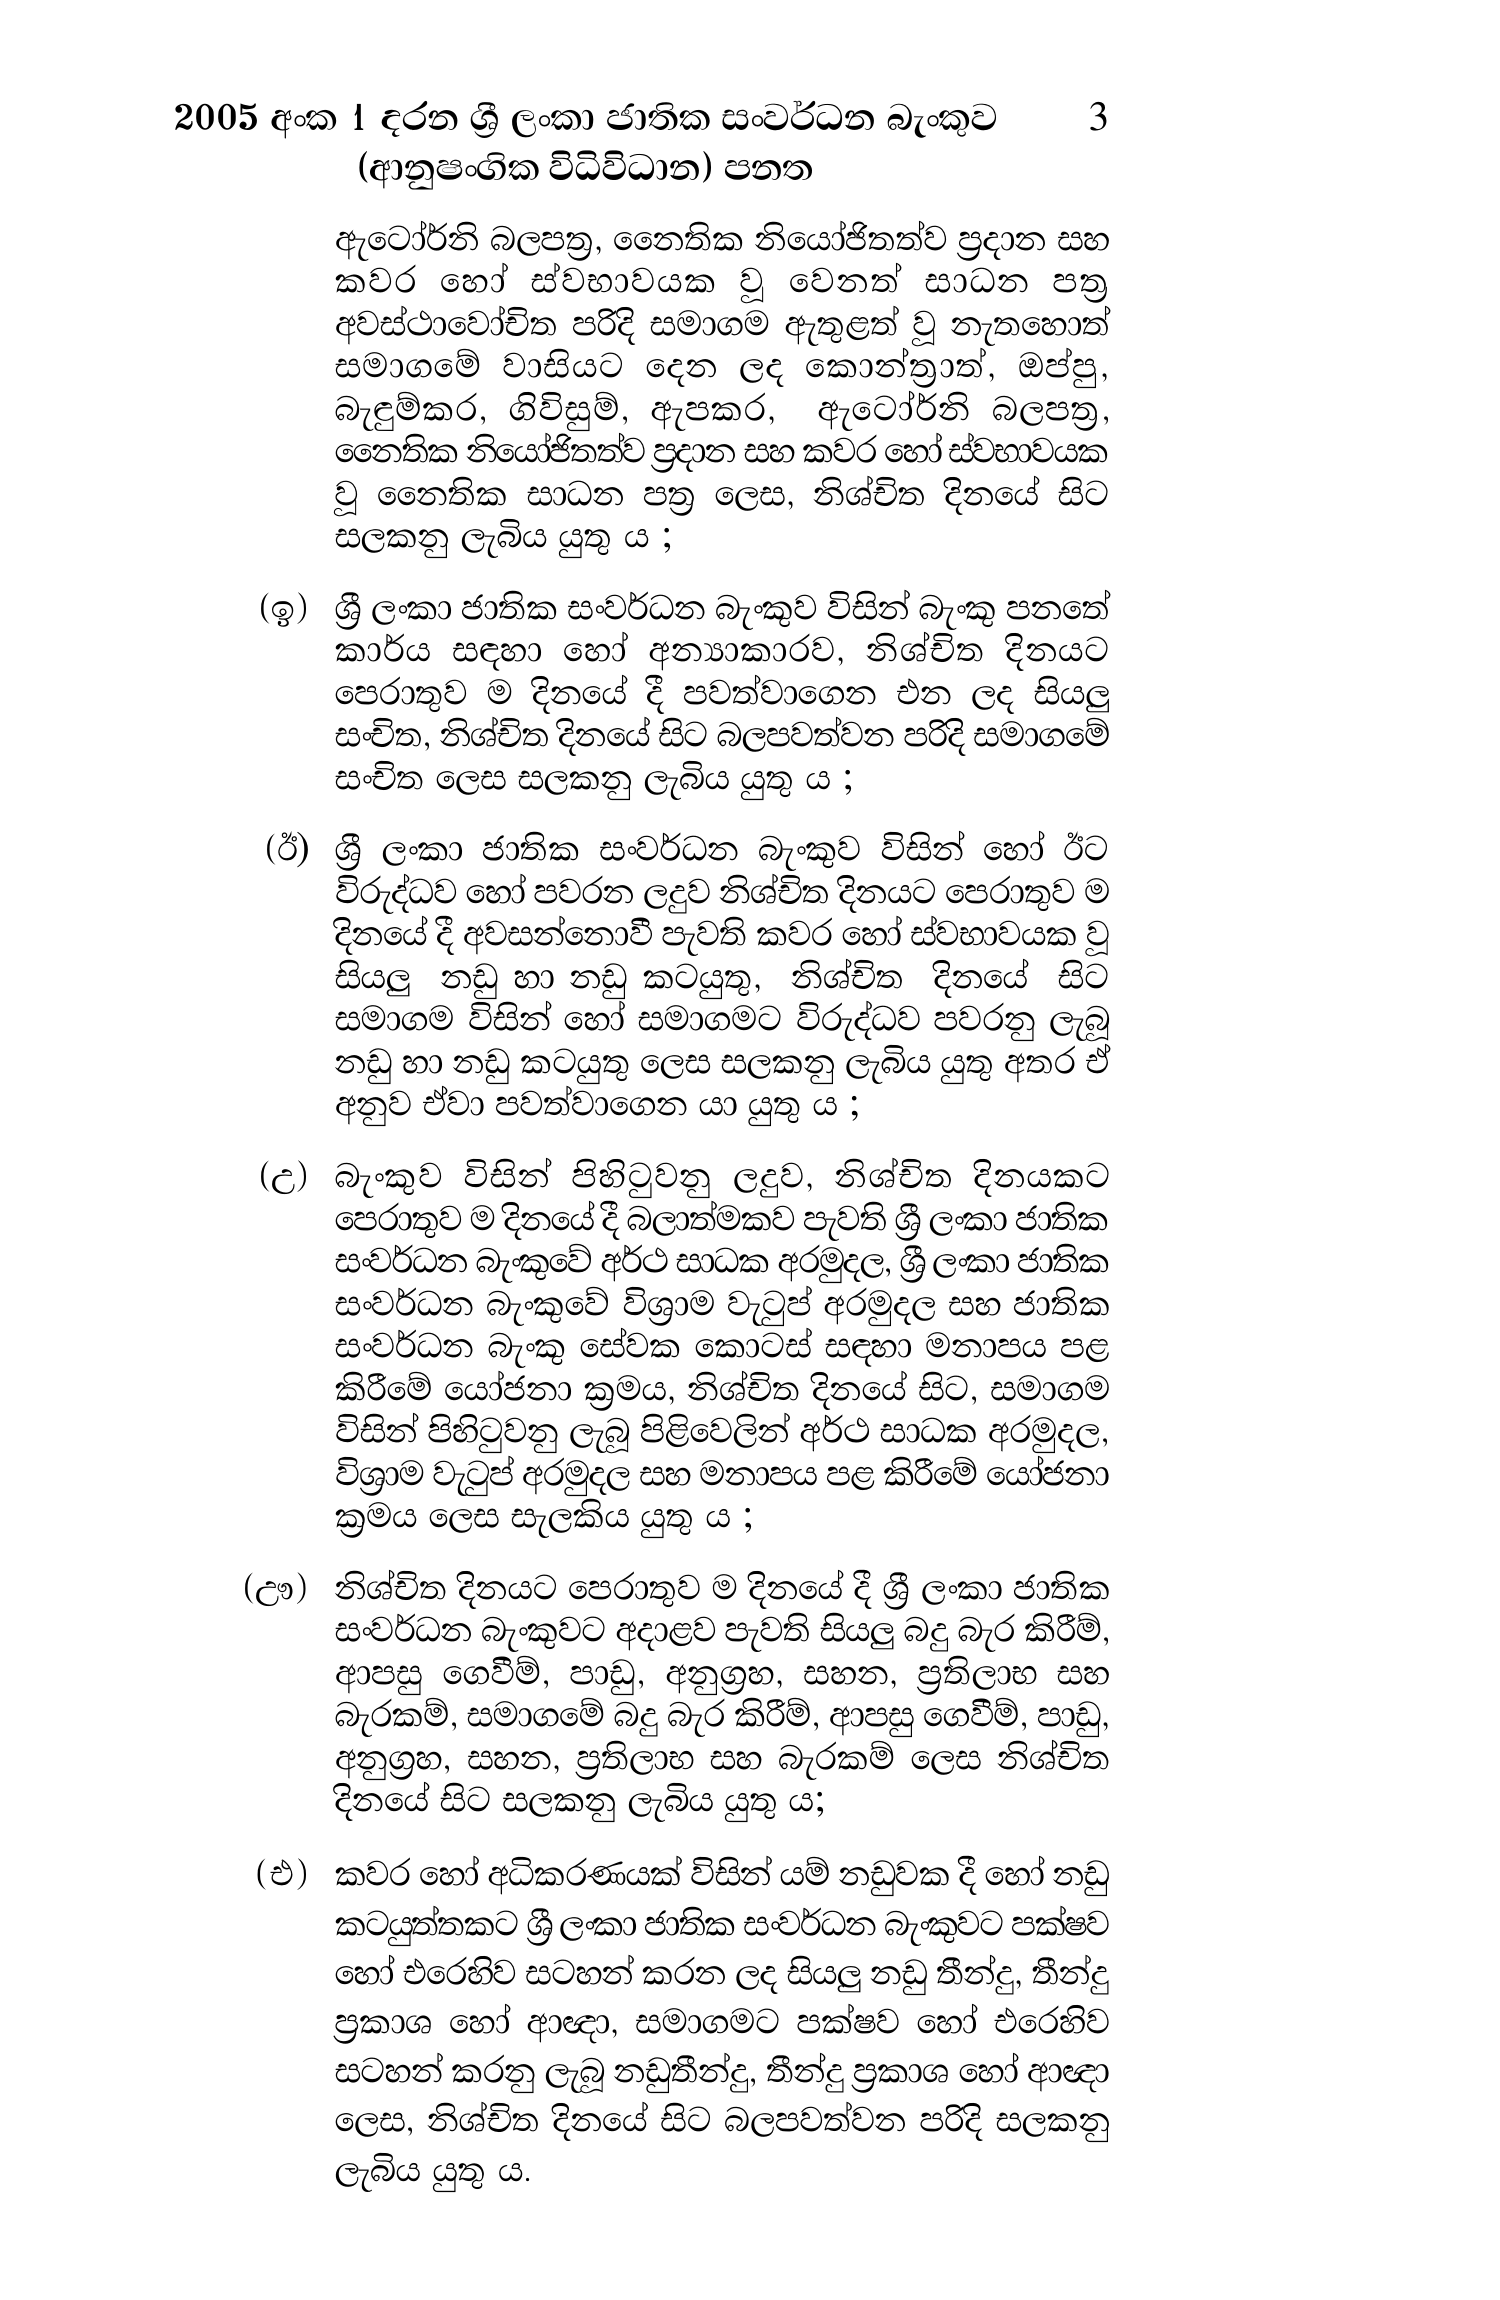
2005 අංක 1 දරන ශ්‍රී ලංකා ජාතික සංවර්ධන බැංකුව 3
(ආනුෂංගික විධිවිධාන) පනත

ඇටෝර්නි බලපත්‍ර, නෛතික නියෝජිතත්ව ප්‍රදාන සහ
කවර හෝ ස්වභාවයක වූ වෙනත් සාධන පත්‍ර
අවස්ථාවෝචිත පරිදි සමාගම ඇතුළත් වූ නැතහොත්
සමාගමේ වාසියට දෙන ලද කොන්ත්‍රාත්, ඔප්පු,
බැඳුම්කර, ගිවිසුම්, ඇපකර, ඇටෝර්නි බලපත්‍ර,
නෛතික නියෝජිතත්ව ප්‍රදාන සහ කවර හෝ ස්වභාවයක
වූ නෛතික සාධන පත්‍ර ලෙස, නිශ්චිත දිනයේ සිට
සලකනු ලැබිය යුතු ය ;

(ඉ) ශ්‍රී ලංකා ජාතික සංවර්ධන බැංකුව විසින් බැංකු පනතේ
කාර්ය සඳහා හෝ අන්‍යාකාරව, නිශ්චිත දිනයට
පෙරාතුව ම දිනයේ දී පවත්වාගෙන එන ලද සියලු
සංචිත, නිශ්චිත දිනයේ සිට බලපවත්වන පරිදි සමාගමේ
සංචිත ලෙස සලකනු ලැබිය යුතු ය ;

(ඊ) ශ්‍රී ලංකා ජාතික සංවර්ධන බැංකුව විසින් හෝ ඊට
විරුද්ධව හෝ පවරන ලදුව නිශ්චිත දිනයට පෙරාතුව
දිනයේ දී අවසත්නොවී පැවති කවර හෝ ස්වභාවයක
සියලු නඩු හා නඩු කටයුතු, නිශ්චිත දිනයේ සිට
සමාගම විසින් හෝ සමාගමට විරුද්ධව පවරනු ලැබූ
නඩු හා නඩු කටයුතු ලෙස සලකනු ලැබිය යුතු අතර ඒ
අනුව ඒවා පවත්වාගෙන යා යුතු ය ;

(උ) බැංකුව විසින් පිහිටුවනු ලදුව, නිශ්චිත දිනයකට
පෙරාතුව ම දිනයේ දී බලාත්මකව පැවති ශ්‍රී ලංකා ජාතික
සංවර්ධන බැංකුවේ අර්ථ සාධක අරමුදල, ශ්‍රී ලංකා ජාතික
සංවර්ධන බැංකුවේ විශ්‍රාම වැටුප් අරමුදල සහ ජාතික
සංවර්ධන බැංකු සේවක කොටස් සඳහා මනාපය පළ
කිරීමේ යෝජනා ක්‍රමය, නිශ්චිත දිනයේ සිට, සමාගම
විසින් පිහිටුවනු ලැබූ පිළිවෙලින් අර්ථ සාධක අරමුදල,
විශ්‍රාම වැටුප් අරමුදල සහ මනාපය පළ කිරීමේ යෝජනා
ක්‍රමය ලෙස සැලකිය යුතු ය ;

(ඌ) නිශ්චිත දිනයට පෙරාතුව ම දිනයේ දී ශ්‍රී ලංකා ජාතික
සංවර්ධන බැංකුවට අදාළව පැවති සියලු බදු බැර කිරීම්,
ආපසු ගෙවීම්, පාඩු, අනුග්‍රහ, සහන, ප්‍රතිලාභ සහ
බැරකම්, සමාගමේ බදු බැර කිරීම්, ආපසු ගෙවීම්, පාඩු,
අනුග්‍රහ, සහන, ප්‍රතිලාභ සහ බැරකම් ලෙස නිශ්චිත
දිනයේ සිට සලකනු ලැබිය යුතු ය;

(එ) කවර හෝ අධිකරණයක් විසින් යම් නඩුවක දී හෝ නඩු
කටයුත්තකට ශ්‍රී ලංකා ජාතික සංවර්ධන බැංකුවට පක්ෂව
හෝ එරෙහිව සටහන් කරන ලද සියලු නඩු තීන්දු, තීන්දු
ප්‍රකාශ හෝ ආඥා, සමාගමට පක්ෂව හෝ එරෙහිව
සටහන් කරනු ලැබූ නඩුතීන්දු, තීන්දු ප්‍රකාශ හෝ ආඥා
ලෙස, නිශ්චිත දිනයේ සිට බලපවත්වන පරිදි සලකනු
ලැබිය යුතු ය.